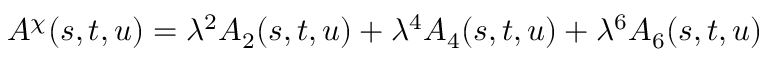
A ^ { \chi } ( s , t , u ) = \lambda ^ { 2 } A _ { 2 } ( s , t , u ) + \lambda ^ { 4 } A _ { 4 } ( s , t , u ) + \lambda ^ { 6 } A _ { 6 } ( s , t , u )